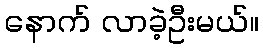
နောက် လာခဲ့ဦးမယ်။